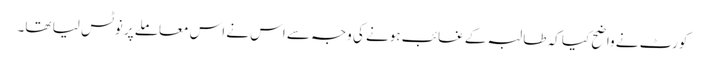
کورٹ نے واضح کیا کہ طالبہ کے غائب ہونے کی وجہ سے اس نے اس معاملے پر نوٹس لیا تھا۔